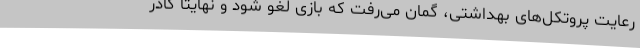
رعایت پروتکل‌های بهداشتی، گمان می‌رفت که بازی لغو شود و نهایتا کادر